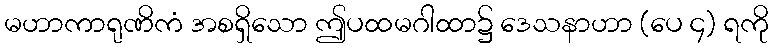
မဟာကာရုဏိကံ အစရှိသော ဤပထမဂါထာ၌ ဒေသနာဟာ (ပေ ၄) ရကို